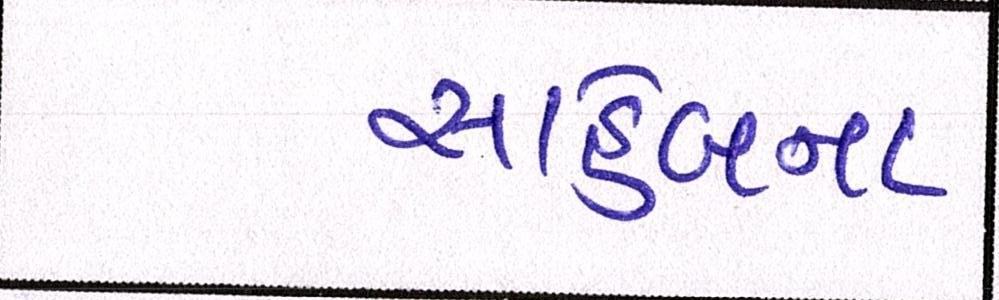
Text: સાહેબના